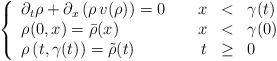
LaTeX: \begin{align*} \left\{ \begin{array}{l@{\qquad}rcl} \partial_t \rho + \partial_x \left(\rho \, v (\rho)\right) =0 & x & < & \gamma (t) \\ \rho (0,x) = \bar \rho (x) & x & < & \gamma (0) \\ \rho\left(t, \gamma (t)\right) = \tilde \rho (t) & t & \geq & 0 \, \end{array} \right. \end{align*}